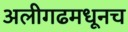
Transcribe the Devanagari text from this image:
अलीगढमधूनच